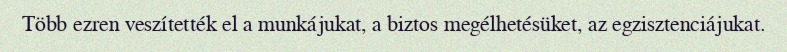
Több ezren veszítették el a munkájukat, a biztos megélhetésüket, az egzisztenciájukat.